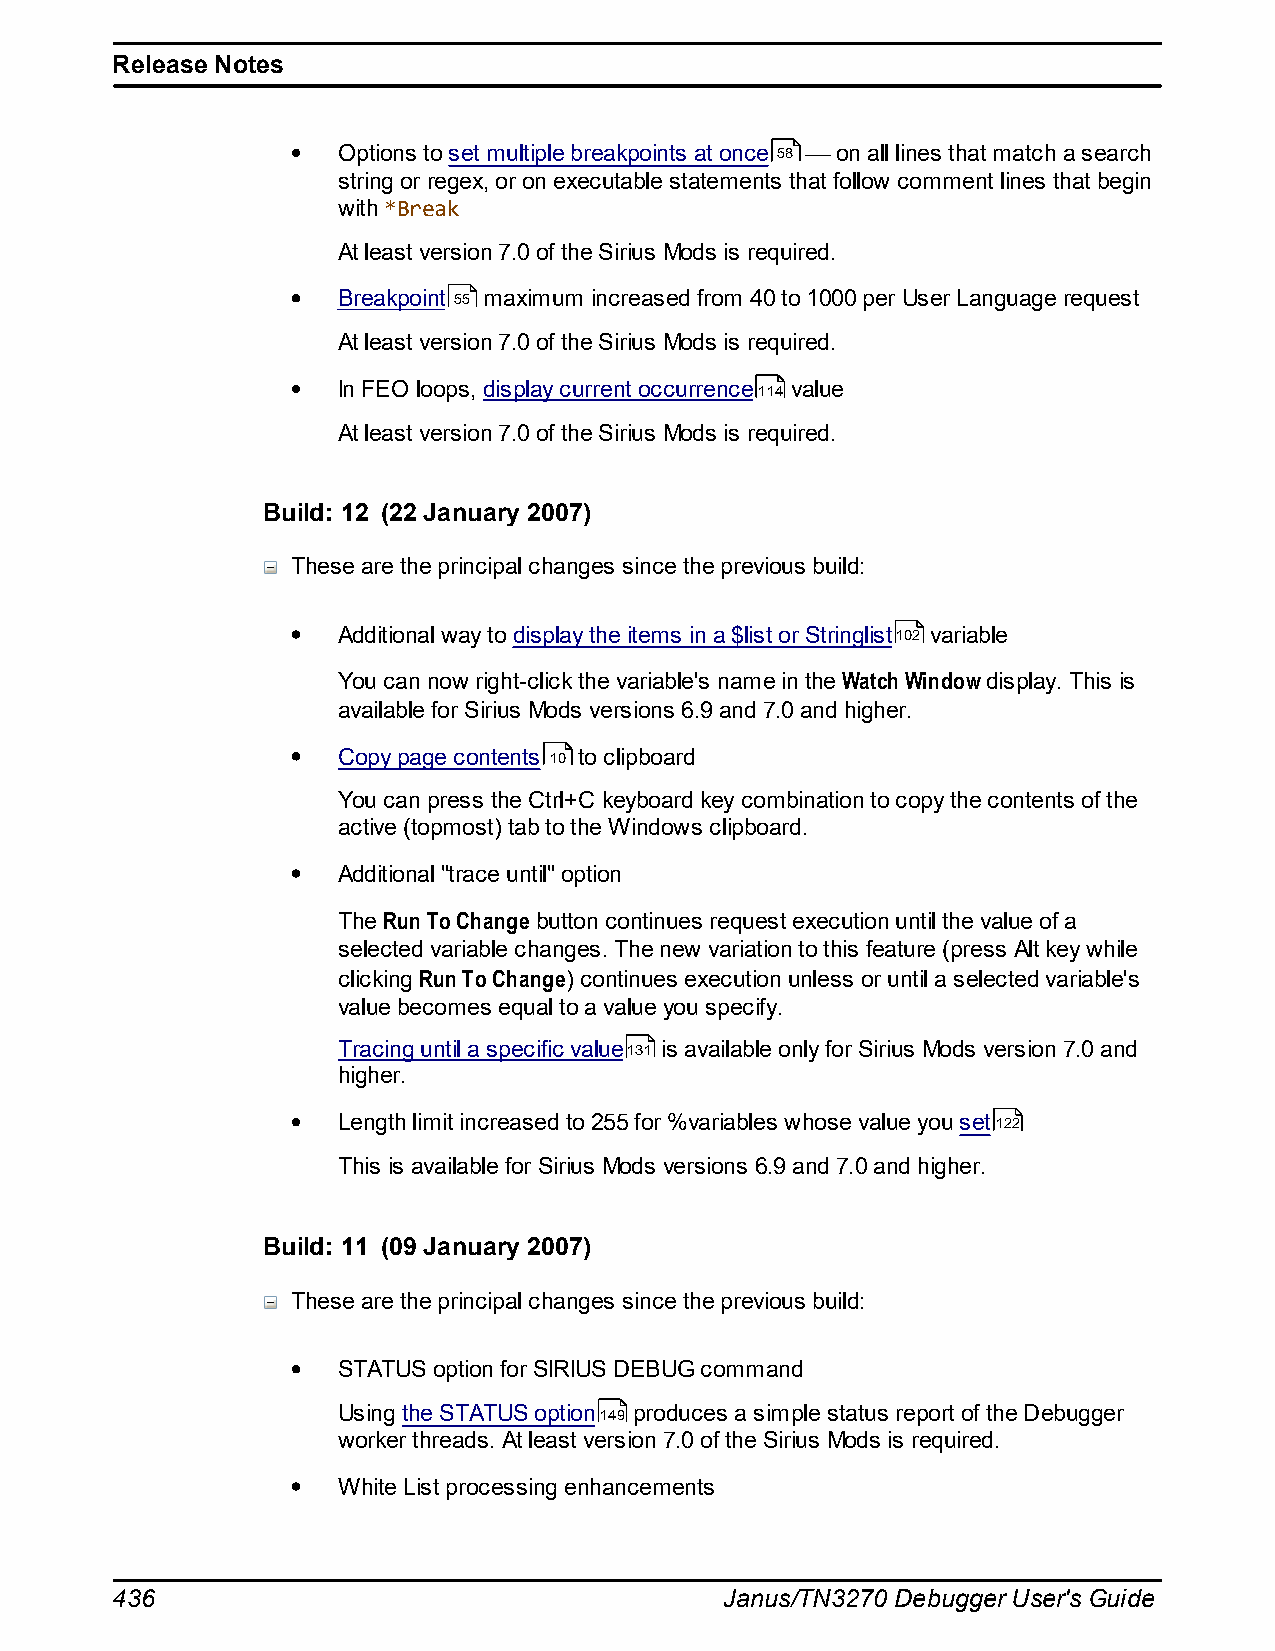
Release Notes
 Options to set multiple breakpoints at once 58 on all lines that match a search
 string or regex, or on executable statements that follow comment lines that begin
 with *Break
 At least version 7.0 of the Sirius Mods is required.
 Breakpoint 55 maximum increased from 40 to 1000 per User Language request
 At least version 7.0 of the Sirius Mods is required.
 In FEO loops, display current occurrence114 value
 At least version 7.0 of the Sirius Mods is required.
 Build: 12 (22 January 2007)
 These are the principal changes since the previous build:
 Additional way to display the items in a $list or Stringlist102 variable
 You can now right-click the variable's name in the Watch Window display. This is
 available for Sirius Mods versions 6.9 and 7.0 and higher.
 Copy page contents 10 to clipboard
 You can press the Ctrl+C keyboard key combination to copy the contents of the
 active (topmost) tab to the Windows clipboard.
 Additional "trace until" option
 The Run To Change button continues request execution until the value of a
 selected variable changes. The new variation to this feature (press Alt key while
 clicking Run To Change) continues execution unless or until a selected variable's
 value becomes equal to a value you specify.
 Tracing until a specific value131 is available only for Sirius Mods version 7.0 and
 higher.
 Length limit increased to 255 for %variables whose value you set122
 This is available for Sirius Mods versions 6.9 and 7.0 and higher.
 Build: 11 (09 January 2007)
 These are the principal changes since the previous build:
 STATUS option for SIRIUS DEBUG command
 Using the STATUS option149 produces a simple status report of the Debugger
 worker threads. At least version 7.0 of the Sirius Mods is required.
 White List processing enhancements
 436                                      Janus/TN3270 Debugger User's Guide